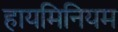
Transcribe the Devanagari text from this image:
हायमिनियम